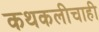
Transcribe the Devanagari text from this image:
कथकलीचाही